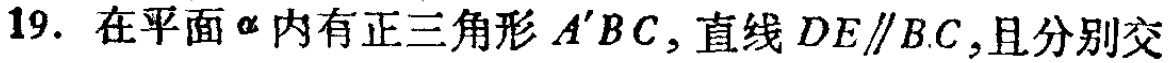
19. 在平面$\alpha$内有正三角形$A^{\prime}BC$, 直线$DE\parallel BC$,且分别交